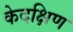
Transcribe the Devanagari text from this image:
केदक्षिण